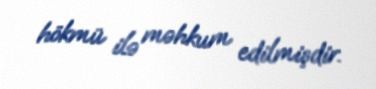
hökmü ilə məhkum edilmişdir.